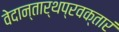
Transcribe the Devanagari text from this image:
वेदान्तार्थप्रवक्तारं